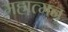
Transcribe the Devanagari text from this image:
महात्मन्‌